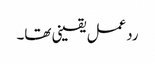
ردعمل یقینی تھا۔